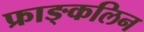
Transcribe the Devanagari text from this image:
फ्राङ्कलिन